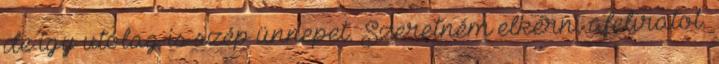
de így utólag is szép ünnepet. Szeretném elkérni afeliratot.